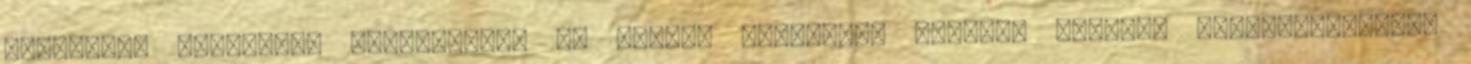
újságírói kérdésre, elégedett-e az eddigi megelőző, illetve mentési tevékenységgel,